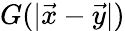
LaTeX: G(|\vec{x}-\vec{y}|)